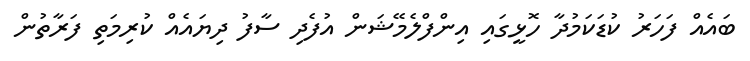
ބައެއް ފަހަރު ކުޑަކަމުދާ ހޮޅީގައި އިންފްލެމޭޝަން އުފެދި ސާފު ދިޔައެއް ކުރިމަތި ފަރާތުން